Sanitation, dispensaries and jails vaccination Rajputana 1922-1927 - 1922-1927
Year: 1922
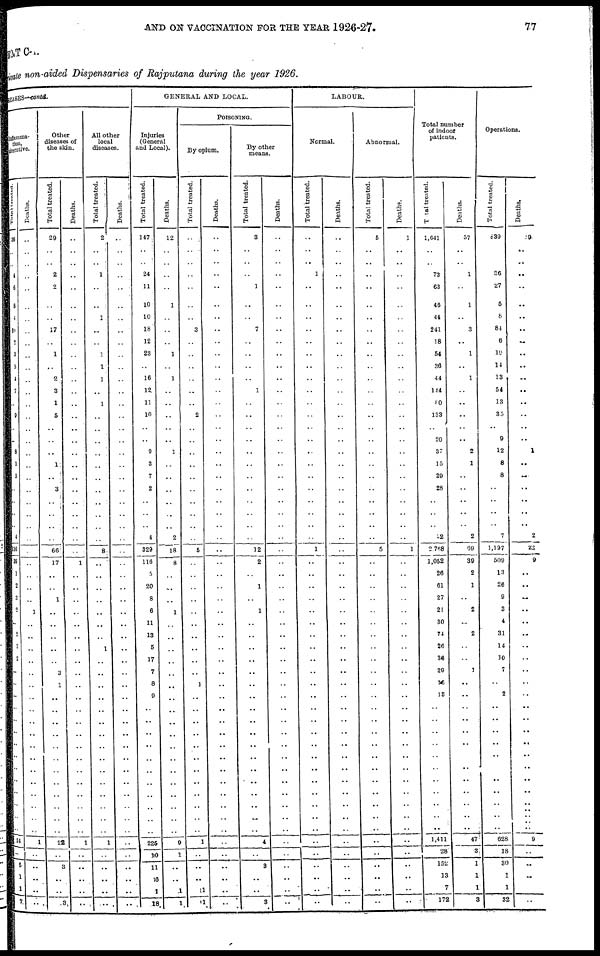
AND ON VACCINATION FOR THE YEAR 1926-27.
77
MENT C-I.
Private non-aided Dispensaries of Rajputana during the year 1926.
DISEASES—contd.
Inflamma¬
tion,
ulcerative.
Total treated.
36
..
..
4
6
8
4
10
2
3
5
4
7
..
9
..
..
8
1
5
..
..
..
..
4
116
39
1
2
3
2
..
2
3
2
..
..
..
..
..
..
..
..
..
..
..
..
..
..
54
..
5
1
1
7
Deaths.
..
..
..
..
..
..
..
..
..
..
..
..
..
..
..
..
..
..
..
..
..
..
..
..
..
..
..
..
..
..
1
..
..
..
..
..
..
..
..
..
..
..
..
..
..
..
..
..
..
1
..
..
..
..
..
Other
diseases of
the skin.
Total treated.
29
..
..
2
2
..
..
17
..
1
..
2
3
1
5
..
..
..
1
..
3
..
..
..
..
66
17
..
..
1
..
..
..
..
..
3
1
..
..
..
..
..
..
..
..
..
..
..
..
22
..
3
..
..
3
Deaths.
..
..
..
..
..
..
..
..
..
..
..
..
..
..
..
..
..
..
..
..
..
..
..
..
..
..
1
..
..
..
..
..
..
..
..
..
..
..
..
..
..
..
..
..
..
..
..
..
..
1
..
..
..
..
..
All other
local
diseases.
Total treated.
2
..
..
1
..
..
1
..
..
1
1
1
..
1
..
..
..
..
..
..
..
..
..
..
..
8
..
..
..
..
..
..
..
1
..
..
..
..
..
..
..
..
..
..
..
..
..
..
..
1
..
..
..
..
..
Deaths.
..
..
..
..
..
..
..
..
..
..
..
..
..
..
..
..
..
..
..
..
..
..
..
..
..
..
..
..
..
..
..
..
..
..
..
..
..
..
..
..
..
..
..
..
..
..
..
..
..
..
..
..
..
..
..
GENERAL AND LOCAL.
Injuries
(General
and Local).
Total treated.
147
..
..
24
11
10
10
18
12
23
..
16
12
11
10
..
..
9
3
7
2
..
..
..
4
329
116
5
20
8
6
11
13
5
17
7
8
9
..
..
..
..
..
..
..
..
..
..
..
225
10
11
66
1
18
Deaths.
12
..
..
..
..
1
..
..
..
1
..
1
..
..
..
..
..
1
..
..
..
..
..
..
2
18
8
..
..
..
1
..
..
..
..
..
..
..
..
..
..
..
..
..
..
..
..
..
..
9
1
..
..
1
1
POISONING.
By opium.
Total treated.
..
..
..
..
..
..
..
3
..
..
..
..
..
..
2
..
..
..
..
..
..
..
..
..
..
5
..
..
..
..
..
..
..
..
..
..
1
..
..
..
..
..
..
..
..
..
..
..
..
1
..
..
..
1
1
Deaths.
..
..
..
..
..
..
..
..
..
..
..
..
..
..
..
..
..
..
..
..
..
..
..
..
..
..
..
..
..
..
..
..
..
..
..
..
..
..
..
..
..
..
..
..
..
..
..
..
..
..
..
..
..
..
..
By other
means.
Total treated.
3
..
..
..
1
..
..
7
..
..
..
..
1
..
..
..
..
..
..
..
..
..
..
..
..
12
2
..
1
..
1
..
..
..
..
..
..
..
..
..
..
..
..
..
..
..
..
..
..
4
..
3
..
..
3
Deaths.
..
..
..
..
..
..
..
..
..
..
..
..
..
..
..
..
..
..
..
..
..
..
..
..
..
..
..
..
..
..
..
..
..
..
..
..
..
..
..
..
..
..
..
..
..
..
..
..
..
..
..
..
..
..
..
LABOUR.
Normal.
Total treated.
..
..
..
1
..
..
..
..
..
..
..
..
..
..
..
..
..
..
..
..
..
..
..
..
..
1
..
..
..
..
..
..
..
..
..
..
..
..
..
..
..
..
..
..
..
..
..
..
..
..
..
..
..
..
..
Deaths.
..
..
..
..
..
..
..
..
..
..
..
..
..
..
..
..
..
..
..
..
..
..
..
..
..
..
..
..
..
..
..
..
..
..
..
..
..
..
..
..
..
..
..
..
..
..
..
..
..
..
..
..
..
..
..
Abnormal.
Total treated.
5
..
..
..
..
..
..
..
..
..
..
..
..
..
..
..
..
..
..
..
..
..
..
..
..
5
..
..
..
..
..
..
..
..
..
..
..
..
..
..
..
..
..
..
..
..
..
..
..
..
..
..
..
..
..
Death?.
1
..
..
..
..
..
..
..
..
..
..
..
..
..
..
..
..
..
..
..
..
..
..
..
..
1
..
..
..
..
..
..
..
..
..
..
..
..
..
..
..
..
..
..
..
..
..
..
..
..
..
..
..
..
..
Total number
of indoor
patients.
Total treated.
1,641
..
..
73
63
46
44
241
18
54
36
44
144
80
133
..
20
37
15
29
28
..
..
..
22
2,768
1,052
26
61
27
21
30
74
26
36
29
16
13
..
..
..
..
..
..
..
..
..
..
..
1,411
28
152
13
7
172
Deaths.
57
..
..
1
..
1
..
3
..
1
..
1
..
..
..
..
..
2
1
..
..
..
..
..
2
69
39
2
1
..
2
..
2
..
..
1
..
..
..
..
..
..
..
..
..
..
..
..
..
47
3
1
1
1
3
Operations.
Total treated.
839
..
..
36
27
5
8
84
6
19
14
13
54
13
35
..
9
12
8
8
..
..
..
..
7
1,197
509
13
26
9
3
4
31
14
10
7
..
2
..
..
..
..
..
..
..
..
..
..
..
628
18
30
1
1
32
Deaths.
29
..
..
..
..
..
..
..
..
..
..
..
..
..
..
..
..
1
..
..
..
..
..
..
2
22
9
..
..
..
..
..
..
..
..
..
..
..
..
..
..
..
..
..
..
..
..
..
..
9
..
..
..
..
..